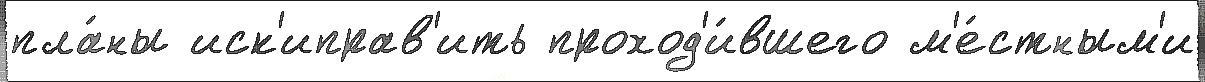
пла́ны иск'иправ'ить проход'и́вшего м'е́стным'и